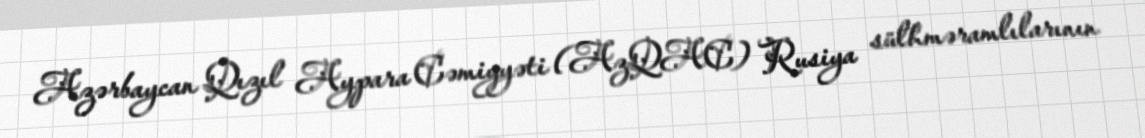
Azərbaycan Qızıl Aypara Cəmiyyəti (AzQAC) Rusiya sülhməramlılarının